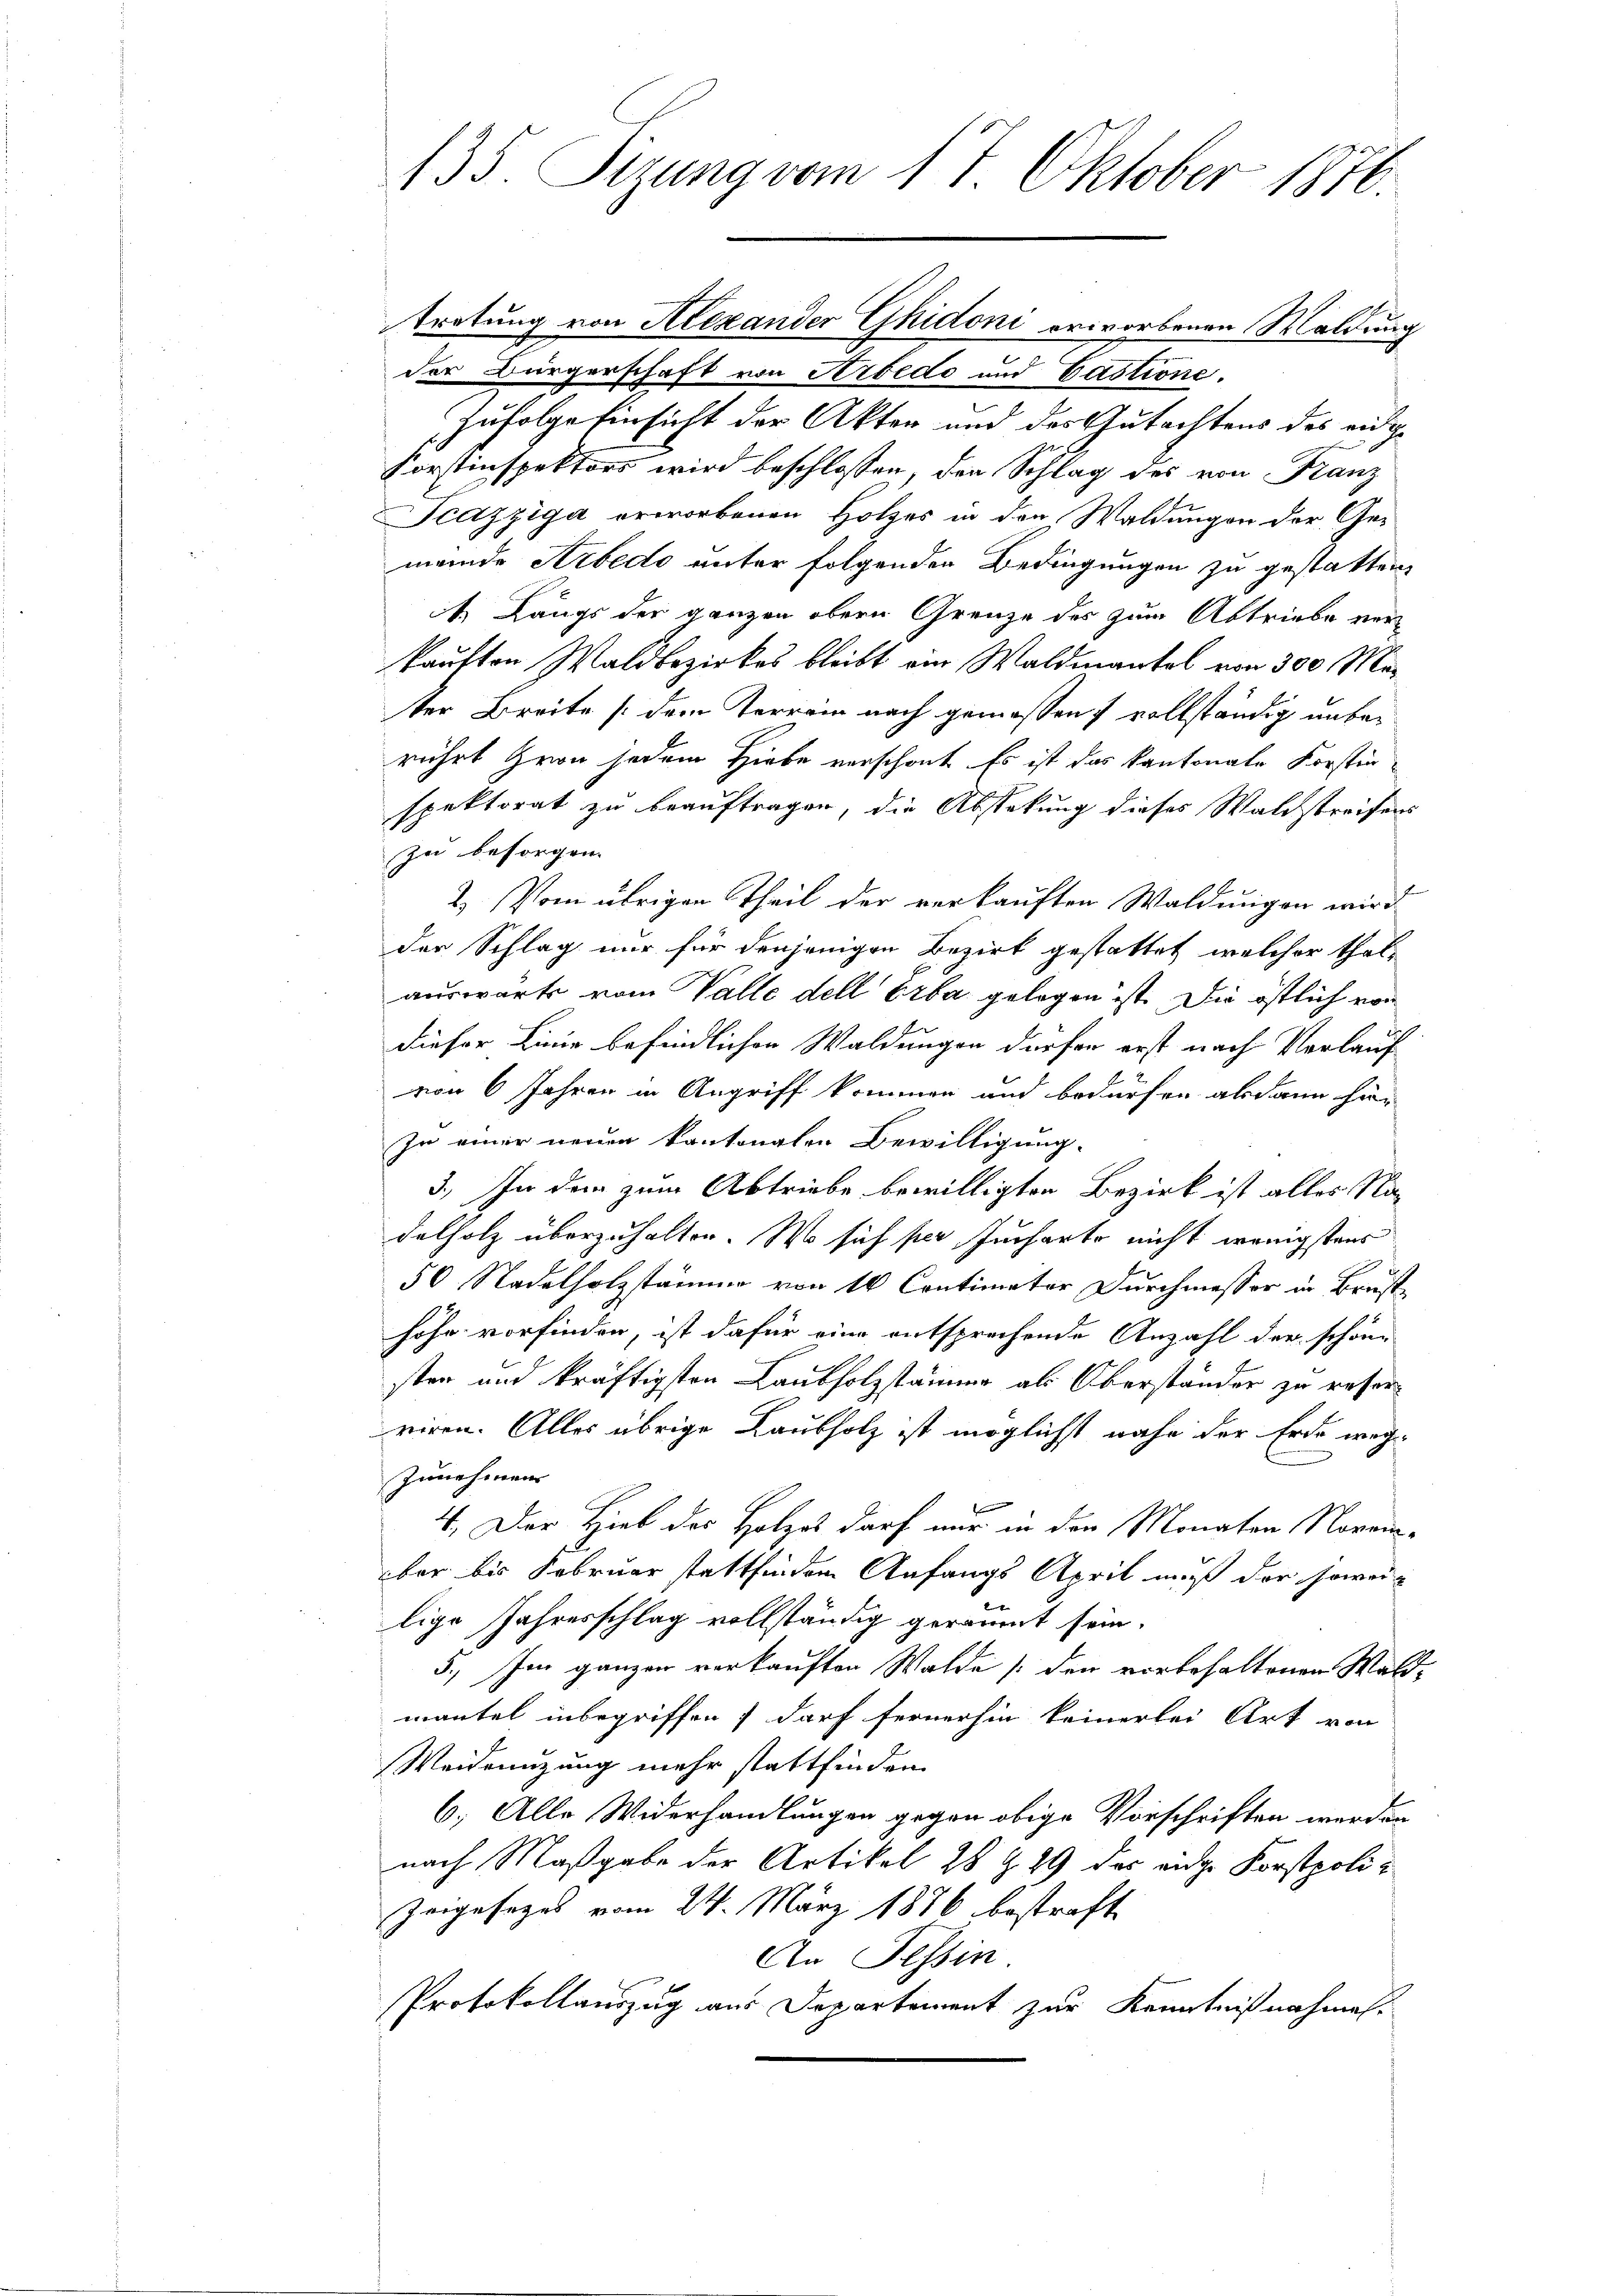
135. Sizung vom 17. Oktober 1876

der Bürgerschaft von Arbedo und Castione.
Zufolge Einsicht der Akten und des Gutachtens des eidge
Forstinspektors wird beschlossen, den Schlag des von Franz
Tcazziga erworbenen Holzes in den Waldungen der Ge-
meinde Arbedo unter folgenden Bedingungen zu gestatten.
. Längs der ganzen obern Grenze des zum Abtriebe verkauften Waldbezirkes bleibt am Waldmantel von 300 Meter Breite (dem Terrain nach gemessen, vollständig unberührt von jedem Hiebe verschont. Es ist das kantonale Forstin
spektorat zu beauftragen, die Abstekung dieses Waldstreifens
zu besorgen.
2.) Vom übrigen Theil der verkauften Waldungen wird
der Schlag nur für denjenigen Bezirk gestattet, welcher thalauswärts vom Valle dell Erba gelegen ist. Die östlich von
dieser Linie befindlichen Waldungen dürfen erst nach Verlauf
von 6 Jahren in Angriff kommen und bedürfen abdann hier
In einer neuer kantonalen Bewilligung.
3.) In dem zum Abtriebe bewilligten Bezirk ist alles Nadelholz überzuhalten. Wo sich per Jucharte nicht wenigstens
50 Nadelholzstämmer von 10 Contimator Durchmesser in Brusthöhe vorfinden, ist dafür eine entsprechende Anzahl der schöne
ster und kräftigsten Laubholzstämmer als Oberständer zu reser
riren. Alles übrige Raubholz ist möglichst nahe der Erde weg
zunehmen
d
4. Der Hieb des Holzes darf nur in den Monaten November bis Februar stattfindem Anfangs April muß der soweilige Jahresschlag vollständig geräumt sein.
5.) Im ganzen verkauften Walde den vorbehaltenen Wald-
mantel inbegriffen, darf fernerhin keinerlei Art von
Weidenuzung mehr stattfinden
6; Alle Widerhandlungen gegen obige Vorschriften werden
nach Maßgabe der Artikel 28 Z. 29 des eidge Forstpoli¬
Zeigesezes vom 24. März 1886 bestraft
An Tessin
Protokollauszug aus Departement zur Kenntnißnahmen.

tretung von Alexander Ghidoni erworbenen Waldung